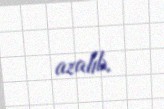
azalıb.